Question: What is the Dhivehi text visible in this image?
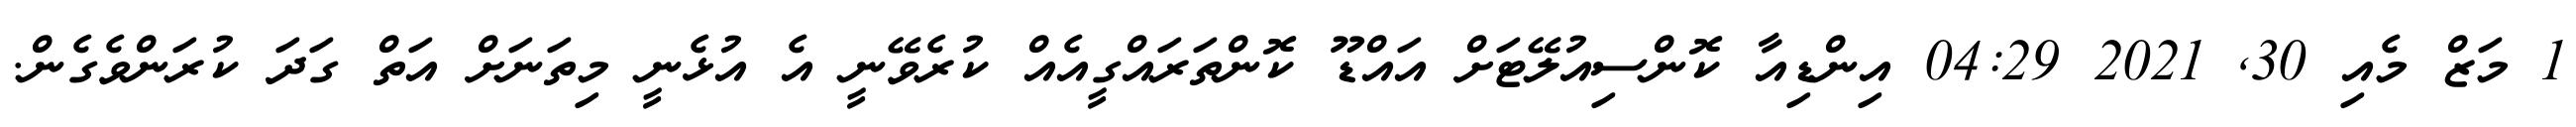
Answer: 1 މަޒް މެއި 30, 2021 04:29 އިންޑިއާ ކޮންސިއުލޭޓަށް އައްޑޫ ކޮންތަރައްގީއެއް ކުރެވޭނީ އެ އުޅެނީ މިތަނަށް އަތް ގަދަ ކުރަންވެގެން.